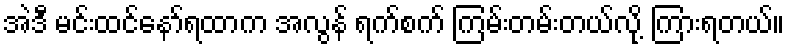
အဲဒီ မင်းထင်နော်ရထာက အလွန် ရက်စက် ကြမ်းတမ်းတယ်လို့ ကြားရတယ်။